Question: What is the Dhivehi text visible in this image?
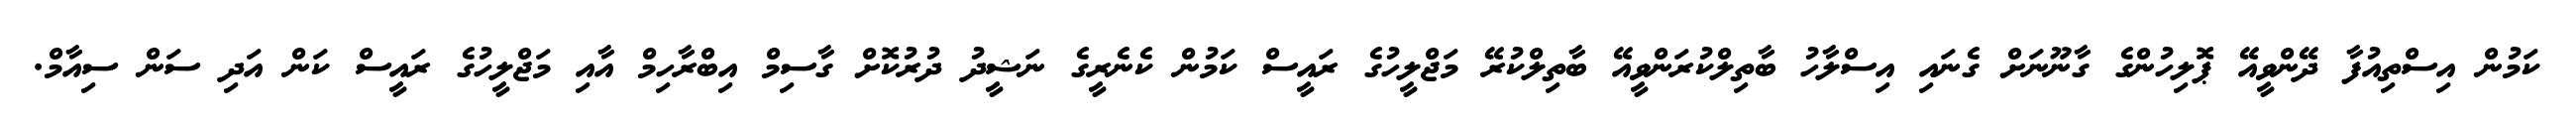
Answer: ކަމުން އިސްތިއުފާ ދޭންވީއޭ ޕޮލިހުންގެ ގާނޫނަށް ގެނައި އިސްލާހު ބާތިލްކުރަންވީއޭ ބާތިލްކުރޭ މަޖްލީހުގެ ރައީސް ކަމުން ކެނެރީގެ ނަޝީދު ދުރުކޮށް ގާސިމް އިބްރާހިމް އާއި މަޖްލީހުގެ ރައީސް ކަން އަދި ސަން ސިއާމް.